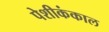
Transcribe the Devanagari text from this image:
पेशीकंकाल